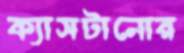
ক্যাসটানোর